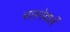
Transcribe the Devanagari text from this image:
चलनेवालें